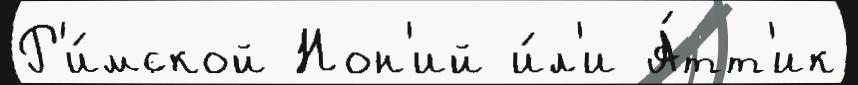
Р'и́мской Нон'ий и́л'и А́тт'ик